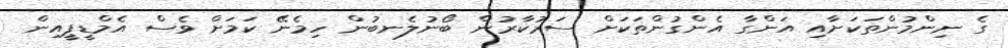
ގެ ނިންމުންތަކަށާއި އަންގާ އެންގުންތަކަށް ސަރުކާރުން ބޯނުލެނބުން ހިމެނޭ ކަމަށް ވެސް އެމްޑީޕީއިން